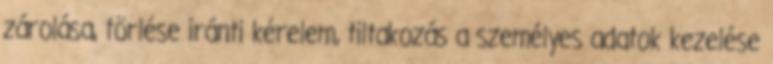
zárolása, törlése iránti kérelem, tiltakozás a személyes adatok kezelése